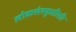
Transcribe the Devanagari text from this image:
लोकसंस्कृतीशी